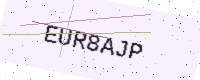
Text: EUR8AJP